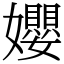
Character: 孆